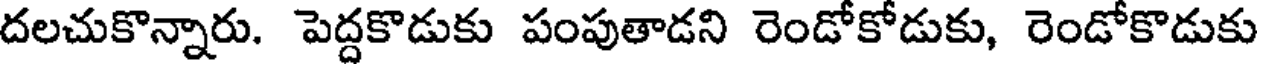
దలచుకొన్నారు. పెద్దకొడుకు పంపుతాడని రెండోకోడుకు, రెండోకొడుకు